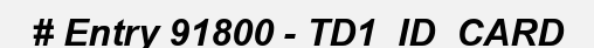
# Entry 91800 - TD1_ID_CARD